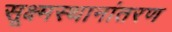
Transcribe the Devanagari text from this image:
सूक्ष्मस्थानांतरण